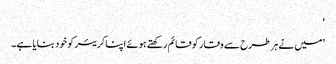
‘
’میں نے ہر طرح سے وقار کو قائم رکھتے ہوئے اپنا کریئر کو خود بنایا ہے۔